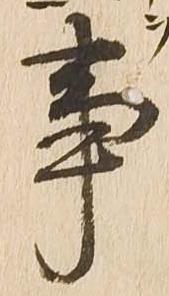
事